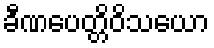
ခီဏပေတ္တိဝိသယော